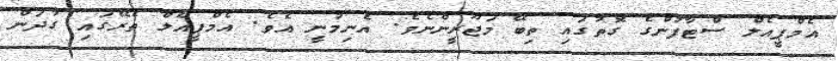
އެމްޕީއެލް ސްޓާފުންގެ ގޮތުގައި ތިބޭ މަޖޫރީންނެވެ. އެނިމުނީ އެވެ. އެމްޕީއެލް ތެރޭގައި ގުދަން